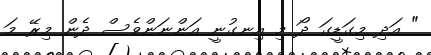
" އަދި މިގަޑީގަ ދޯ މި އިނގުނީ އަންނަންވެސް ދެން މިރޭ މަ